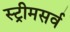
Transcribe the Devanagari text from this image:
स्ट्रीमसर्व